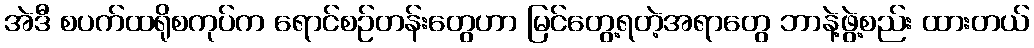
အဲဒီ စပက်ထရိုစကုပ်က ရောင်စဉ်တန်းတွေဟာ မြင်တွေ့ရတဲ့အရာတွေ ဘာနဲ့ဖွဲ့စည်း ထားတယ်